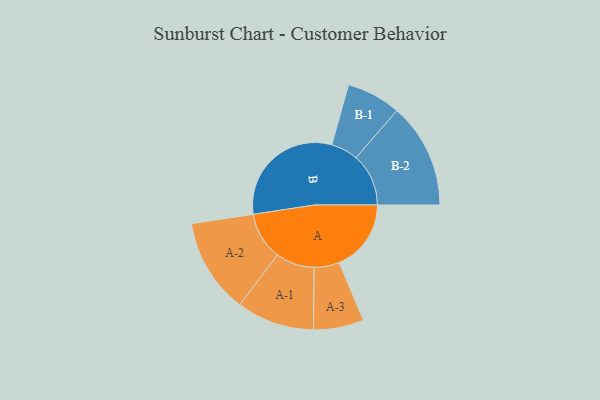
{"axis": {"x": "Segment", "y": "Value"}, "legend": ["", "A", "B"], "data": [{"x": "A", "y": 289, "type": ""}, {"x": "B", "y": 491, "type": ""}, {"x": "A-1", "y": 156, "type": "A"}, {"x": "A-2", "y": 191, "type": "A"}, {"x": "A-3", "y": 101, "type": "A"}, {"x": "B-1", "y": 109, "type": "B"}, {"x": "B-2", "y": 211, "type": "B"}]}